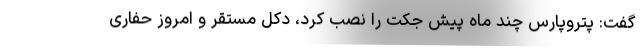
گفت: پتروپارس چند ماه پیش جکت را نصب کرد، دکل مستقر و امروز حفاری